Civil Veterinary Dept. Bombay admin report 1907-1913 - 1907-1913
Year: 1907
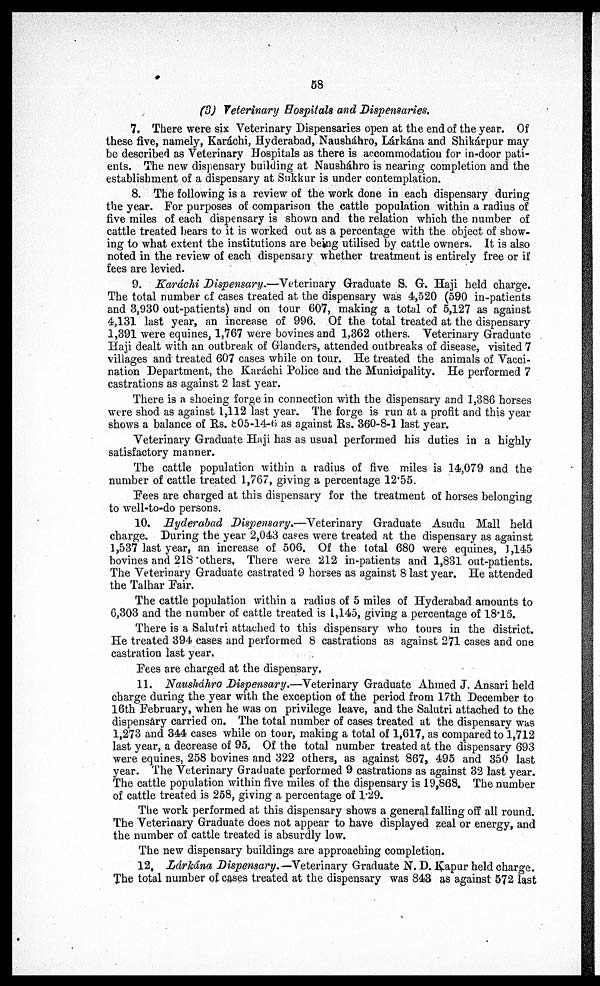
68
(3) Veterinary Hospitals and Dispensaries.
7. There were six Veterinary Dispensaries open at the end of the year. Of
these five, namely, Karachi, Hyderabad, Nausháhro, Lárkána and Shikárpur may
be described as Veterinary Hospitals as there is accommodation for in-door pati-
ents. The new dispensary building at Nausháhro is nearing completion and the
establishment of a dispensary at Sukkur is under contemplation.
8. The following is a review of the work done in each dispensary during
the year. For purposes of comparison the cattle population within a radius of
five miles of each dispensary is shown and the relation which the number of
cattle treated bears to it is worked out as a percentage with the object of show-
ing to what extent the institutions are being utilised by cattle owners. It is also
noted in the review of each dispensary whether treatment is entirely free or if
fees are levied.
9. Karáchi Dispensary.—Veterinary Graduate S. G. Haji held charge.
The total number of cases treated at the dispensary was 4,520 (590 in-patients
and 3,930 out-patients) and on tour 607, making a total of 5,127 as against
4,131 last year, an increase of 996. Of the total treated at the dispensary
1,391 were equines, 1,767 were bovines and 1,362 others. Veterinary Graduate
Haji dealt with an outbreak of Glanders, attended outbreaks of disease, visited 7
villages and treated 607 cases while on tour. He treated the animals of Vacci-
nation Department, the Karachi Police and the Municipality. He performed 7
castrations as against 2 last year.
There is a shoeing forge in connection with the dispensary and 1,386 horses
were shod as against 1,112 last year. The forge is run at a profit and this year
shows a balance of Rs. 805-14-6 as against Rs. 360-8-1 last year.
Veterinary Graduate Haji has as usual performed his duties in a highly
satisfactory manner.
The cattle population within a radius of five miles is 14,079 and the
number of cattle treated 1,767, giving a percentage 12.55.
Fees are charged at this dispensary for the treatment of horses belonging
to well-to-do persons.
10. Hyderabad Dispensary.—Veterinary Graduate Asudu Mall held
charge. During the year 2,043 ca?es were treated at the dispensary as against
1,537 last year, an increase of 506. Of the total 680 were equines, 1,145
bovines and 218 others. There were 212 in-patients and 1,831 out-patients.
The Veterinary Graduate castrated 9 horses as against 8 last year. He attended
the Talhar Pair.
The cattle population within a radius of 5 miles of Hyderabad amounts to
G,303 and the number of cattle treated is 1,145, giving a percentage of 18.15.
There is a Salutri attached to this dispensary who tours in the district.
He treated 394 cases and performed 8 castrations as against 271 cases and one
castration last year.
Fees are charged at the dispensary.
11. Nausháhro Dispensary.—Veterinary Graduate Ahmed J. Ansari held
charge during the year with the exception of the period from 17th December to
16th February, when he was on privilege leave, and the Salutri attached to the
dispensary carried on. The total number of cases treated at the dispensary was
1,273 and 344 cases while on tour, making a total of 1,617, as compared to 1,712
last year, a decrease of 95. Of the total number treated at the dispensary 693
were equines, 258 bovines and 322 others, as against 867, 495 and 350 last
year. The Veterinary Graduate performed 9 castrations as against 32 last year.
The cattle population within five miles of the dispensary is 19,868. The number
of cattle treated is 258, giving a percentage of 1.29.
The work performed at this dispensary shows a general falling off all round.
The Veterinary Graduate does not appear to have displayed zeal or energy, and
the number of cattle treated is absurdly low.
The new dispensary buildings are approaching completion.
12. Lárkána Dispensary. —Veterinary Graduate N. D. Kapur held charge.
The total number of cases treated at the dispensary was 843 as against 572 last